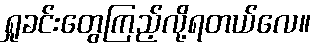
ရှုခင်းတွေကြည့်လို့ရတယ်လေ။